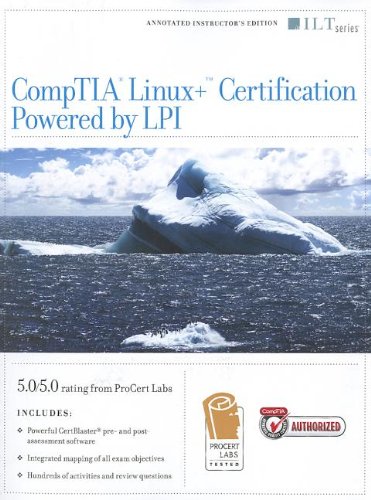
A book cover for CompTIA Linux + Certification, Powered by LPI (Ilt); Tim Poulsen; Computers & Technology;